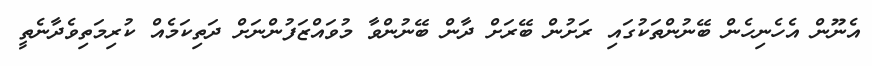
އެނޫން އެހެނިހެން ބޭނުންތަކުގައި ރަށުން ބޭރަށް ދާން ބޭނުންވާ މުވައްޒަފުންނަށް ދަތިކަމެއް ކުރިމަތިވެދާނެތީ